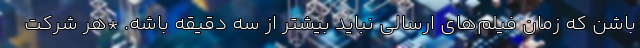
باشن که زمان فیلم‌های ارسالی نباید بیشتر از سه دقیقه باشه. *هر شرکت